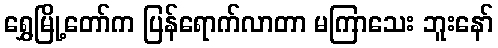
ရွှေမြို့တော်က ပြန်ရောက်လာတာ မကြာသေး ဘူးနော်